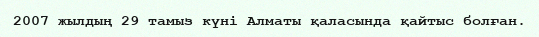
2007 жылдың 29 тамыз күні Алматы қаласында қайтыс болған.